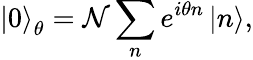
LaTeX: \left|0\right\rangle_{\theta}=\mathcal{N}\sum_{n}e^{i\theta n}\left|n\right\rangle,